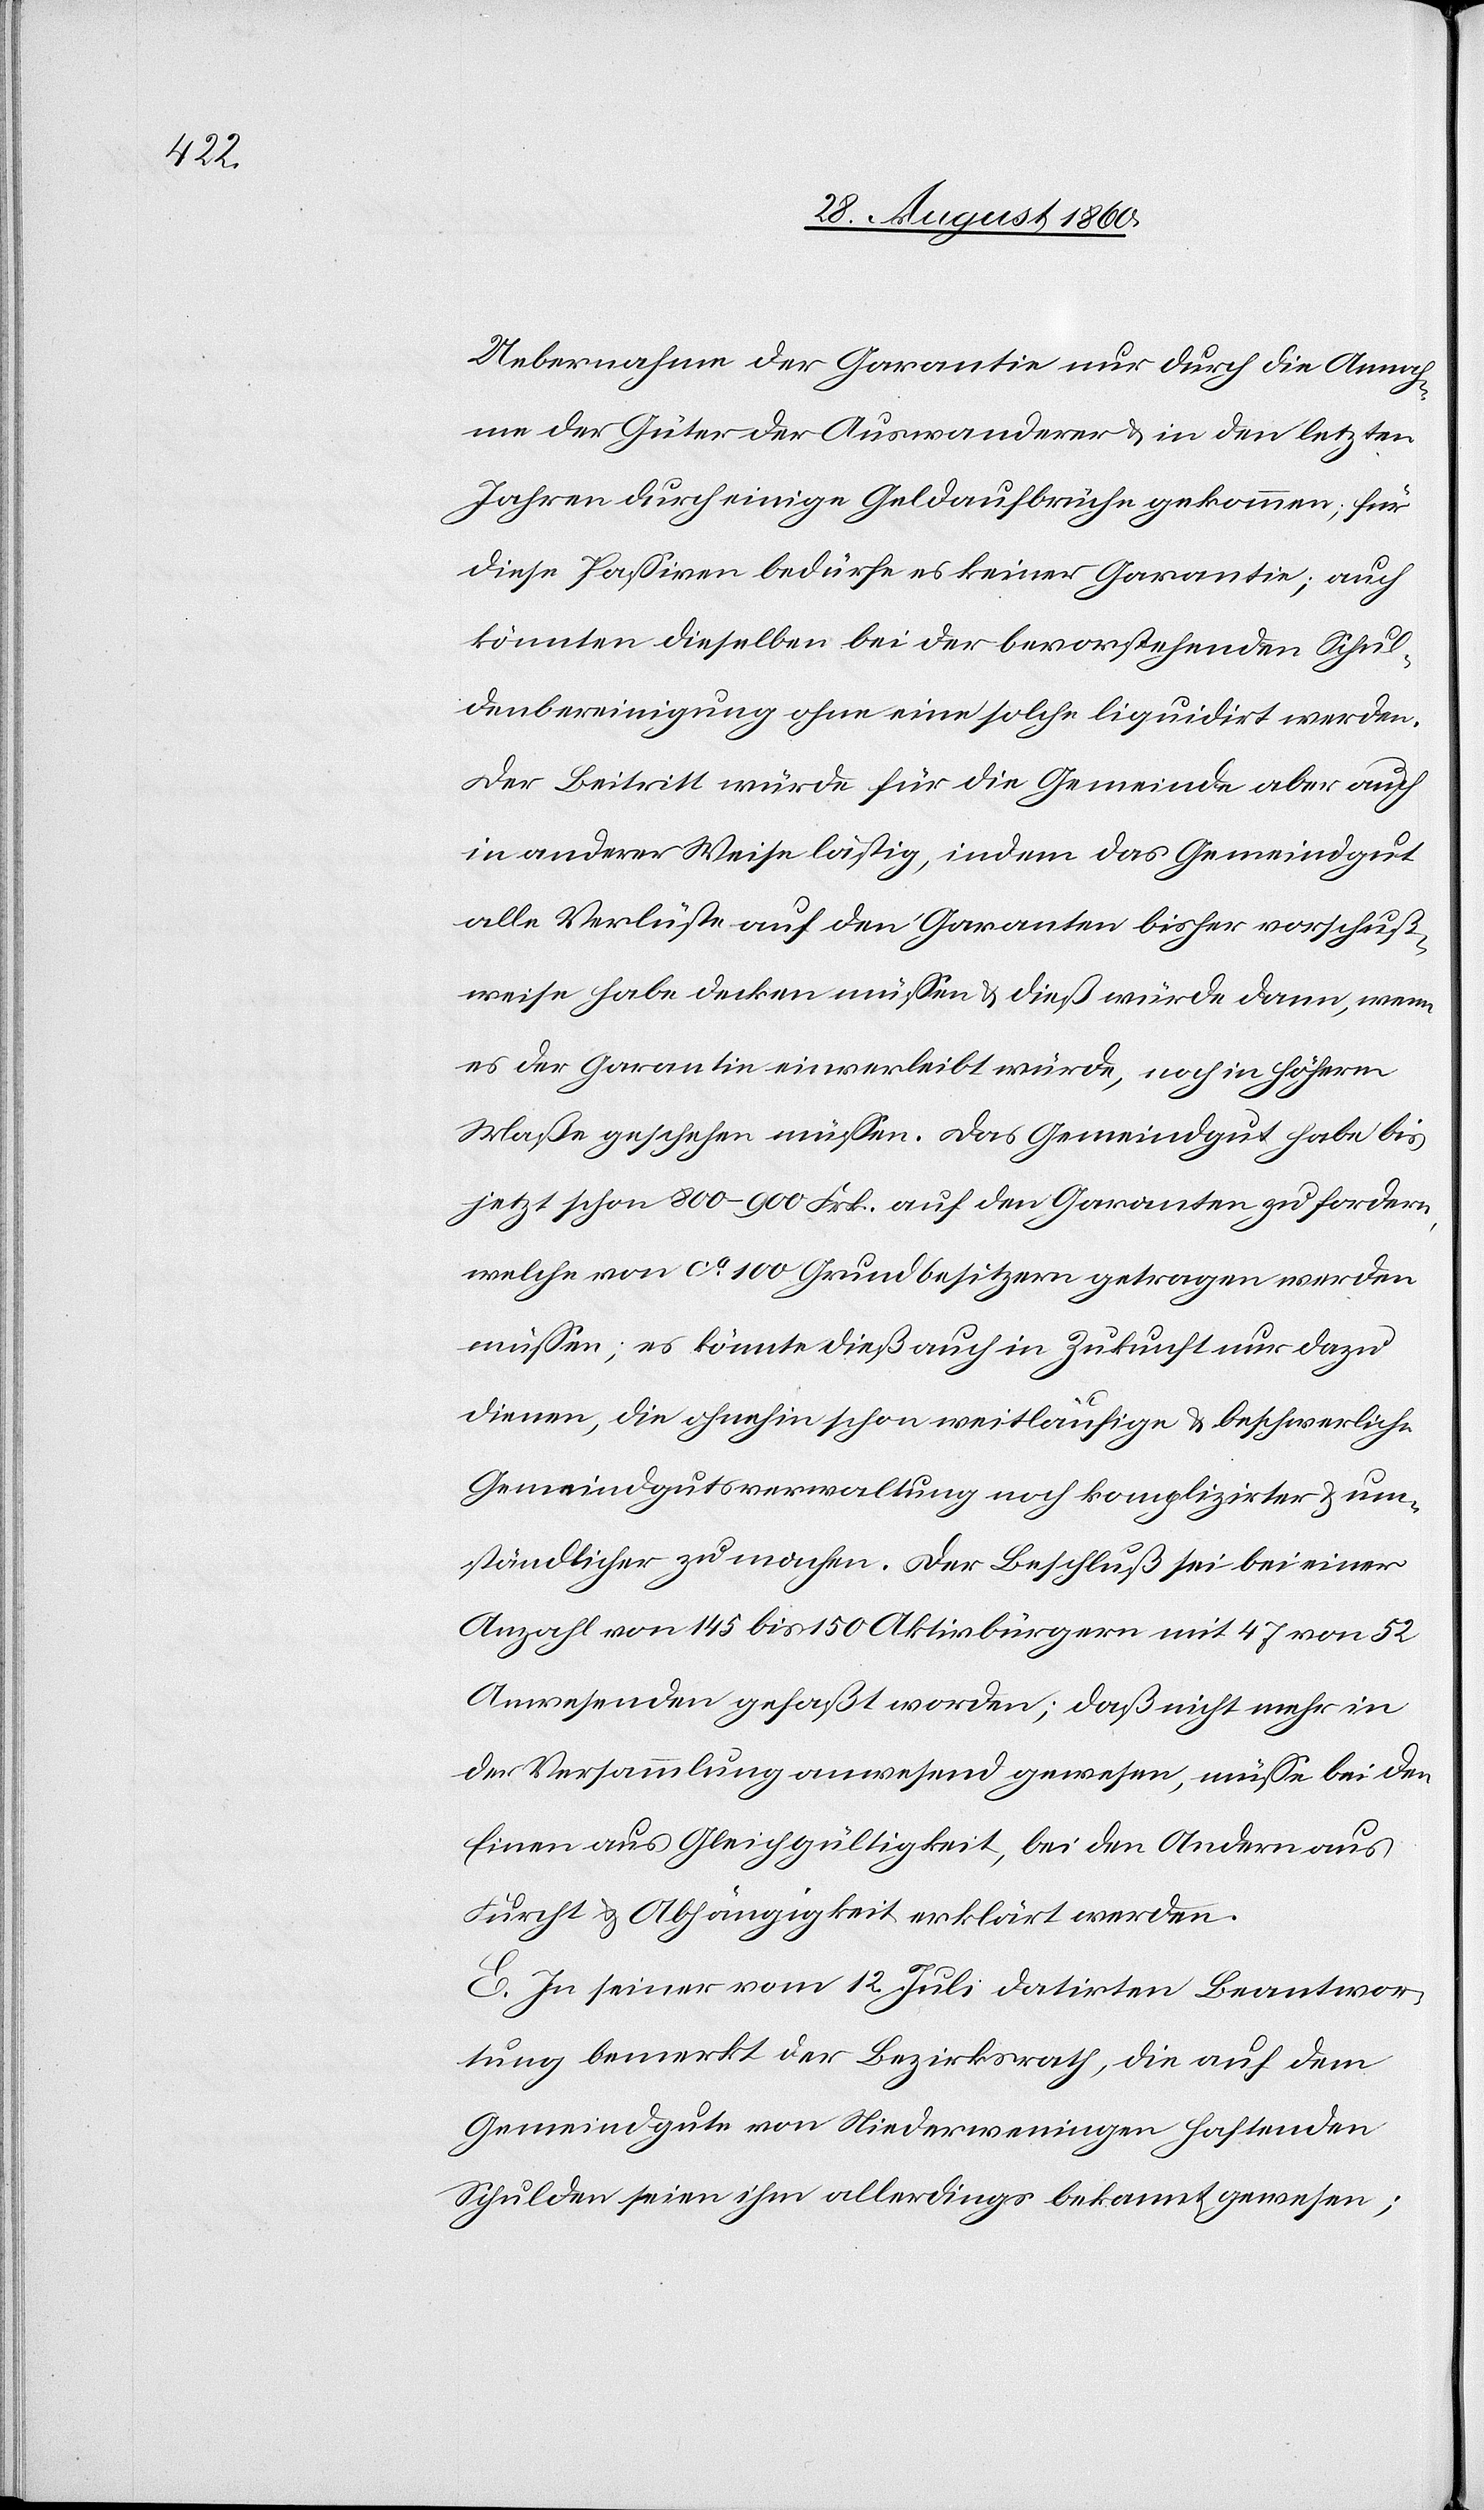
Annah¬

me der Güter der Auswanderer u. in den letzten
Jahren durch einige Geldaufbrüche gekommen; für
diese Passiven bedürfte es keiner Garantie; auch
könnten dieselben bei der vorstehenden Schul¬
denbereinigung ohne eine solche liquidirt werden.
Der Beitritt würde für die Gemeinde aber auch
in anderer Weise lästig, indem das Gemeindegut
alle Verlüste auf den Garanten bisher vorschuss¬
weise habe decken müssen u. diess würde dann, wenn
es der Garantie einverleibt würde, noch in höherm
Masse geschehen müssen. Das Gemeindgut habe bis
jetzt schon 800–900 Frk. auf die Garanten zu fordern,
welche von ca 100 Grundbesitzern getragen werden
müssen; es könnte dies auch in Zukunft nur dazu
dienen, die ohnehin schon weitläufige u. beschwerliche
Gemeindgutsverwaltung noch komplizirter u. um¬
ständlicher zu machen. Der Beschluss sei bei einer
Anzahl von 145 bis 150 Aktivbürgern mit 47 von 52
Anwesenden gefasst worden; dass nicht mehr in
der Versammlung anwesend gewesen, müsse bei den
Einen aus Gleichgültigkeit, bei den Andern aus
Furcht u. Abhängigkeit erklärt werden.
E. In seiner vom 12. Juli datirten Beantwor¬
tung bemerkt der Bezirksrath: die auf dem
Gemeindgute von Niederweningen haftenden
Schulden seien ihm allerdings bekannt gewesen;